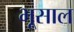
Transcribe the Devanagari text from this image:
भूसाल